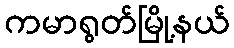
ကမာရွတ်မြို့နယ်